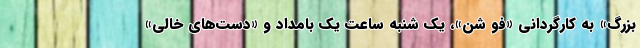
بزرگ» به کارگردانی «فو شن»، یک شنبه ساعت یک بامداد و «دست‌های خالی»